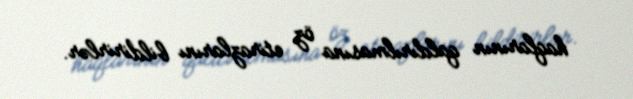
haqlarının qaldırılmasına öz etirazlarını bildirirlər.